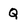
Character: Q